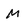
Character: M